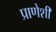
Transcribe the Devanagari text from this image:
प्राणेशी